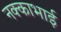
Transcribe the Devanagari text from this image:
नक्काभाई